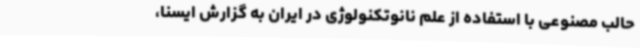
حالب مصنوعی با استفاده از علم نانوتکنولوژی در ایران به گزارش ایسنا،